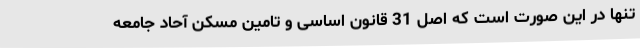
تنها در این صورت است که اصل 31 قانون اساسی و تامین مسکن آحاد جامعه